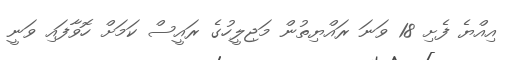
އިއްޔެ ފެށި 18 ވަނަ ރައްޔިތުން މަޖިލީހުގެ ރައީސް ކަމަށް ހޮވާފައި ވަނީ